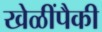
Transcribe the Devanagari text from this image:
खेळींपैकी